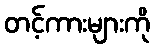
တင့်ကားများကို